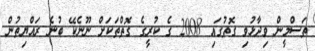
ތަސްމީން ވިދާޅުވި ގޮތުގައި 2008 ގެ ކުރީގެ ގޮތްތަކަށް ނޫނެކޭ ބުނެ ރައްޔިތުން